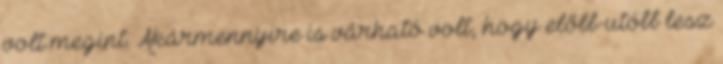
volt megint. Akármennyire is várható volt, hogy előbb-utóbb lesz